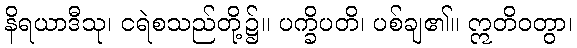
နိရယာဒီသု၊ ငရဲစသည်တို့၌။ ပက္ခိပတိ၊ ပစ်ချ၏။ ဣတိဝတွာ၊